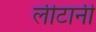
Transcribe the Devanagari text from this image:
लीटानी